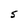
Character: S